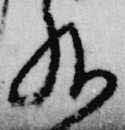
外